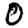
Digit: 0